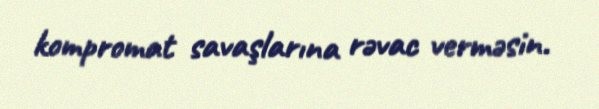
kompromat savaşlarına rəvac verməsin.